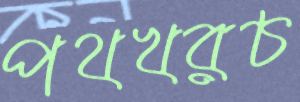
পথখরচ